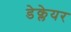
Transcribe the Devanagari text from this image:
डेक्लेयर